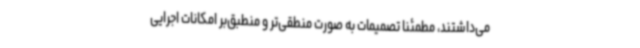
می‌داشتند، مطمئناً تصمیمات به صورت منطقی‌تر و منطبق‌بر امکانات اجرایی